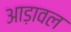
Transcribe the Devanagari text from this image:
आड़ावल